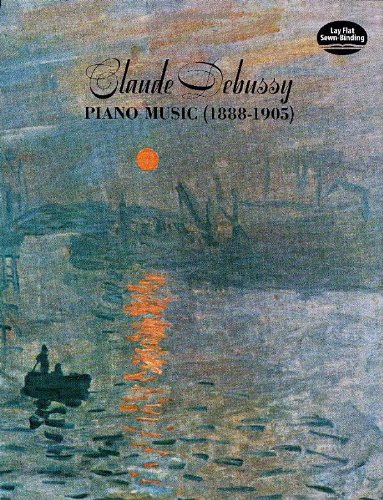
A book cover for Claude Debussy: Piano Music (1888-1905); Claude Debussy; Humor & Entertainment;